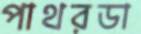
পাথরডা